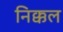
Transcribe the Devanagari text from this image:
निक्कल